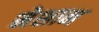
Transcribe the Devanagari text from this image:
मेशान